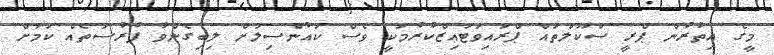
މީގެ އިތުރުން ޕްރީ ސްކޫލްތައް ޕްރައިވަޓައިޒްކުރުމަކީ ވެސް ކައުންސިލަށް ލިބިގެންވާ ފުރުސަތެއް ކަމަށް